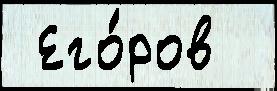
 Его́ров